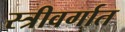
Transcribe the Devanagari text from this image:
स्त्रीवर्गात